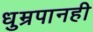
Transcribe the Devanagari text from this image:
धुम्रपानही